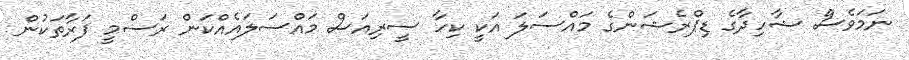
ނަމަވެސް ޝާހިދާގެ ޑިޕްރެޝަންގެ މައްސަލަ އަކީ ކިހާ ސީރިއަސް މައްސަލައެއްކަން ރަސްމީ ފަރާތަކުން